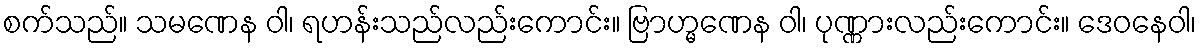
စက်သည်။ သမဏေန ဝါ၊ ရဟန်းသည်လည်းကောင်း။ ဗြာဟ္မဏေန ဝါ၊ ပုဏ္ဏားလည်းကောင်း။ ဒေဝနေဝါ၊